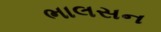
ભાલસન